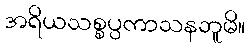
အရိယသစ္စပ္ပကာသနဘူမိ။